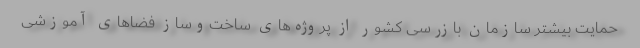
حمایت بیشتر سازمان بازرسی کشور از پروژه‌های ساخت‌وساز فضاهای آموزشی